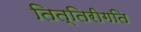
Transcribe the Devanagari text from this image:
तित्तिरीगति